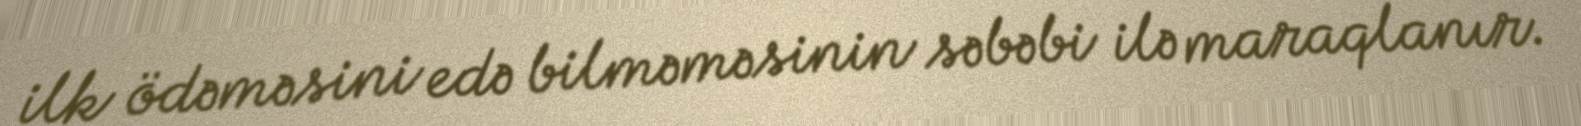
ilk ödəməsini edə bilməməsinin səbəbi ilə maraqlanır.